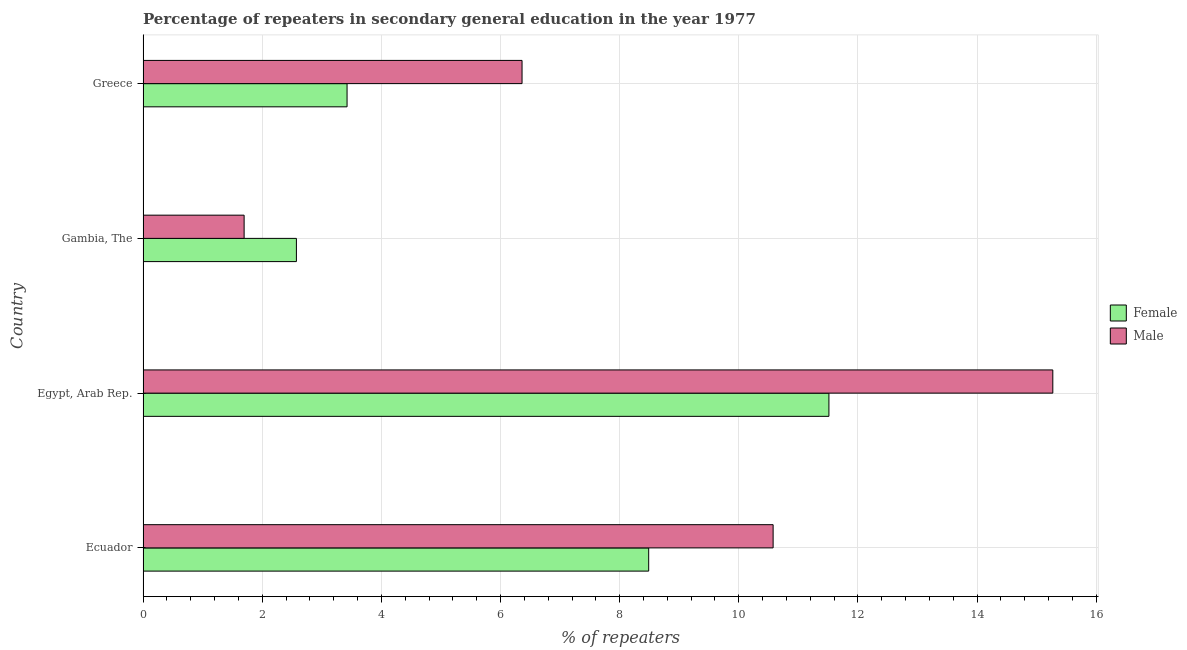
| Country | Female | Male |
 | --- | --- | --- |
 | Ecuador | 8.49 | 10.6 |
 | Egypt, Arab Rep. | 11.5 | 15.3 |
 | Gambia, The | 2.57 | 1.7 |
 | Greece | 3.42 | 6.36 |